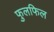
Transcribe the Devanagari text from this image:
फुलफिल